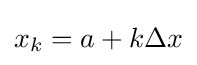
x_{k}=a+k\Delta x